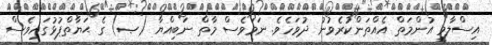
އިސްލާމީ އުންމަތް އެއްތަންކުރެވުނު ދުވަހެވެ. ނަމަވެސް މާތް ނަބިއްޔާ (ޞ) ގެ ޙަޔާތްޕުޅުގައިވެސް